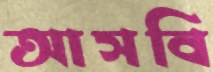
আসবি